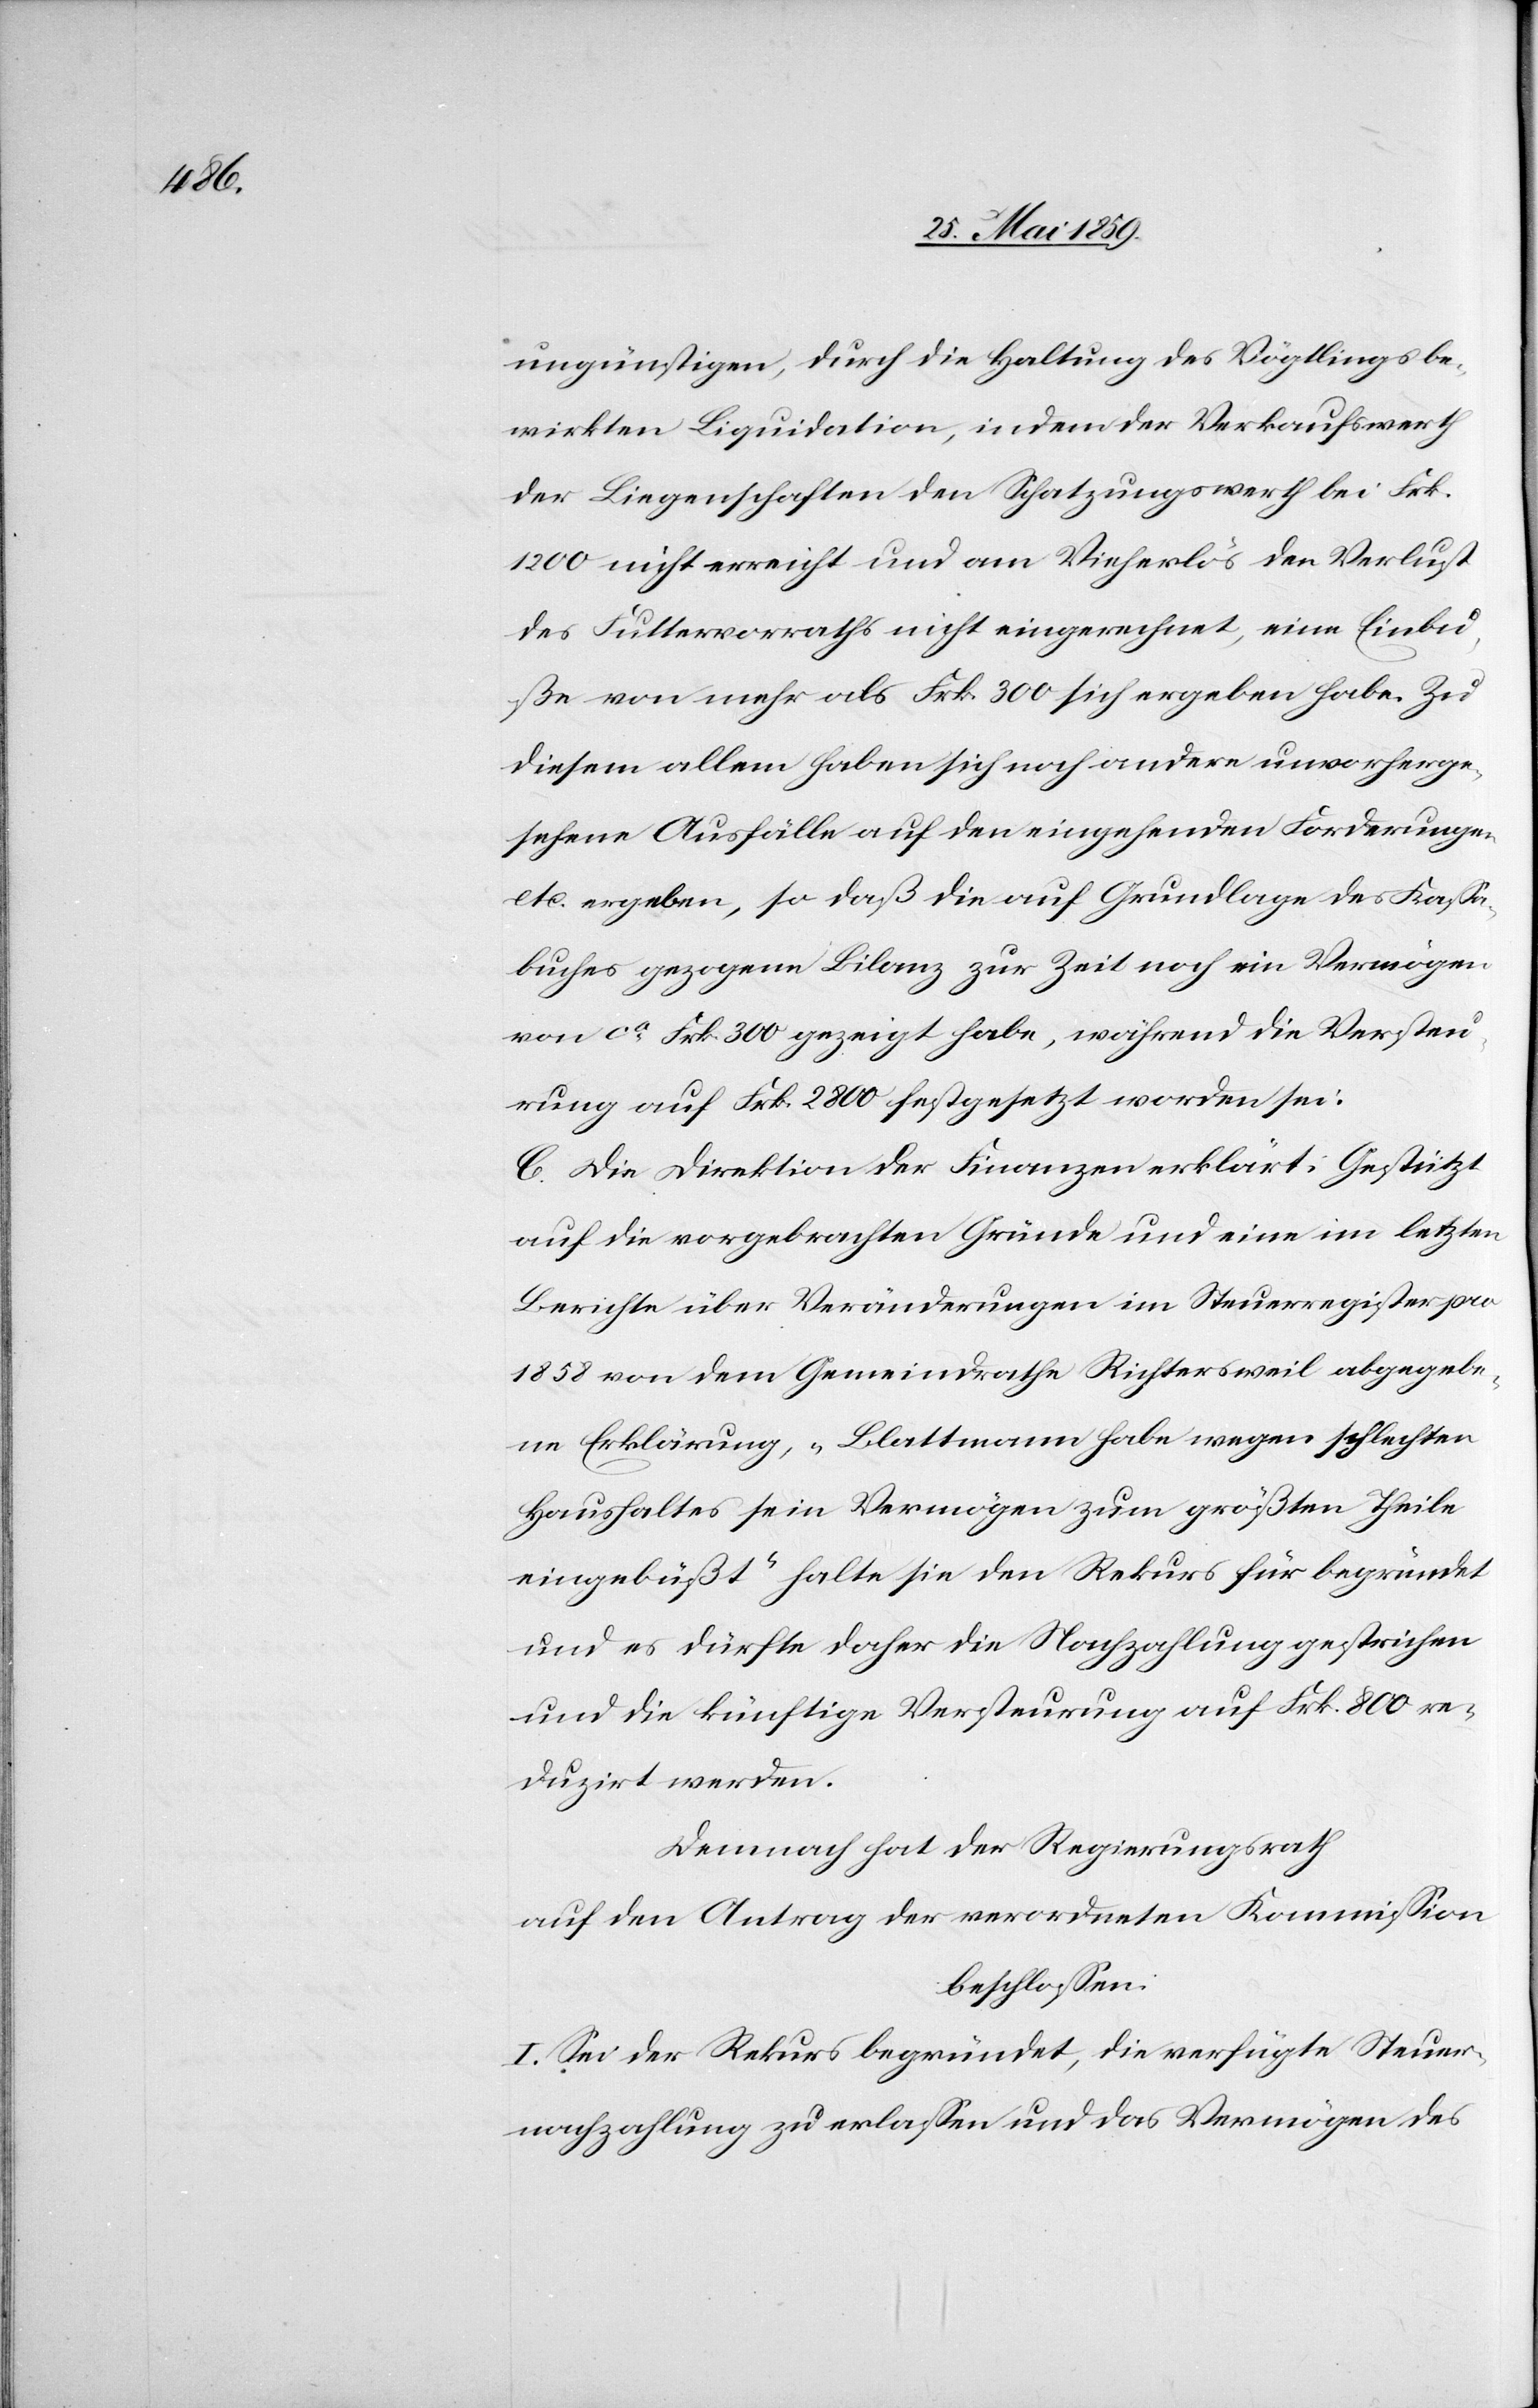
ungünstigen, durch die Haltung des Vögtlings be¬
wirkten Liquidation, indem der Verkaufswerth
der Liegenschaften den Schatzungswerth bei Frk.
1200 nicht erreicht und am Vieherlös den Verlust
des Futtervorraths nicht eingerechnet, eine Einbu¬
ße von mehr als Frk. 300 sich ergeben habe. Zu
diesem allem haben sich noch andere unvorherge¬
sehene Ausfälle auf den eingehenden Forderungen
etc. ergeben, so daß die auf Grundlage des Kassa¬
buches gezogene Bilanz zur Zeit noch ein Vermögen
von ca Frk. 300 gezeigt habe, während die Versteu¬
rung auf Frk. 2800 festgesetzt worden sei.
C. Die Direktion der Finanzen erklärt: Gestützt
auf die vorgebrachten Gründe und eine im letzten
Berichte über Veränderungen im Steuerregister pro
1858 von dem Gemeindrathe Richtersweil abgegebe¬
ne Erklärung, „Blattmann habe wegen schlechten
Haushaltes sein Vermögen zum größten Theile
eingebüßt“ halte sie den Rekurs für begründet
und es dürfte daher die Nachzahlung gestrichen
und die künftige Versteurung auf Frk. 800 re¬
duzirt werden.
Demnach hat der Regierungsrath
auf den Antrag der verordneten Kommission
beschlossen:
I. Sei der Rekurs begründet, die verfügte Steuer¬
nachzahlung zu erlassen und das Vermögen des